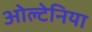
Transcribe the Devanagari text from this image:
ओल्टेनिया